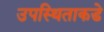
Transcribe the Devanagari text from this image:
उपस्थिताकडे